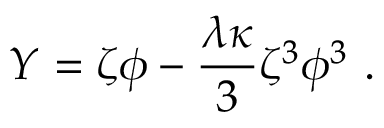
Y = \zeta \phi - { \frac { \lambda \kappa } { 3 } } \zeta ^ { 3 } \phi ^ { 3 } ~ .